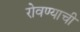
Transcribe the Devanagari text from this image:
रोवण्याची